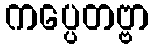
ကပ္ပေတဗ္ဗာ